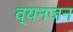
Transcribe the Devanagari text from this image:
व्यनजन